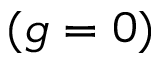
( g = 0 )